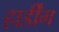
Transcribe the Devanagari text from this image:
हार्डींग